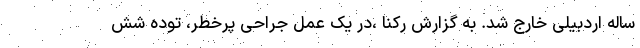
ساله اردبیلی خارج شد. به گزارش رکنا ،در یک عمل جراحی پرخطر، توده شش